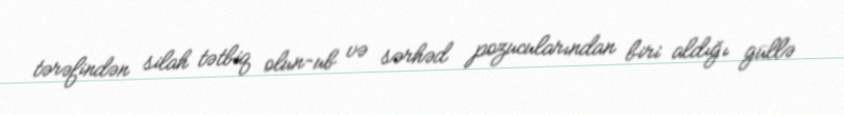
tərəfindən silah tətbiq olun­ub və sərhəd pozucularından biri aldığı güllə